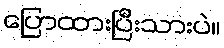
ပြောထားပြီးသားပဲ။